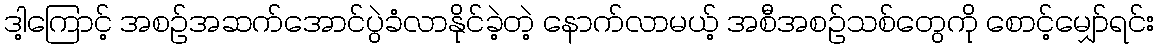
ဒါ့ကြောင့် အစဉ်အဆက်အောင်ပွဲခံလာနိုင်ခဲ့တဲ့ နောက်လာမယ့် အစီအစဉ်သစ်တွေကို စောင့်မျှော်ရင်း